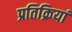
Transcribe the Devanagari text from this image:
प्रतिक्रियां